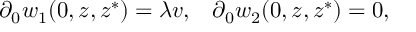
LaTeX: \partial _ { 0 } w _ { 1 } ( 0 , z , z ^ { * } ) = \lambda v , \; \; \; \partial _ { 0 } w _ { 2 } ( 0 , z , z ^ { * } ) = 0 ,